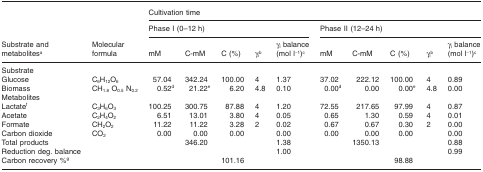
<table><thead><tr><td rowspan="3"><b>Substrate and metabolitesa</b></td><td rowspan="3"><b>Molecular formula</b></td><td colspan="10"><b>Cultivation time</b></td></tr><tr><td colspan="5"><b>Phase I (0–12 h)</b></td><td colspan="5"><b>Phase II (12–24 h)</b></td></tr><tr><td><b>mM</b></td><td><b>C-mM</b></td><td><b>C (%)</b></td><td><b>γ<sub>i</sub>b</b></td><td><b>γ<sub>i</sub> balance (mol l<sup>−1</sup>)c</b></td><td><b>mM</b></td><td><b>C-mM</b></td><td><b>C (%)</b></td><td><b>γ<sub>i</sub>b</b></td><td><b>γ<sub>i</sub> balance (mol l<sup>−1</sup>)c</b></td></tr></thead><tbody><tr><td>Substrate</td><td></td><td></td><td></td><td></td><td></td><td></td><td></td><td></td><td></td><td></td><td></td></tr><tr><td>Glucose</td><td>C<sub>6</sub>H<sub>12</sub>O<sub>6</sub></td><td>57.04</td><td>342.24</td><td>100.00</td><td>4</td><td>1.37</td><td>37.02</td><td>222.12</td><td>100.00</td><td>4</td><td>0.89</td></tr><tr><td>Biomass</td><td>CH<sub>1.8</sub> O<sub>0.5</sub> N<sub>0.2</sub></td><td>0.52d</td><td>21.22e</td><td>6.20</td><td>4.8</td><td>0.10</td><td>0.00d</td><td>0.00</td><td>0.00e</td><td>4.8</td><td>0.00</td></tr><tr><td>Metabolites</td><td></td><td></td><td></td><td></td><td></td><td></td><td></td><td></td><td></td><td></td><td></td></tr><tr><td>Lactatef</td><td>C<sub>3</sub>H<sub>6</sub>O<sub>3</sub></td><td>100.25</td><td>300.75</td><td>87.88</td><td>4</td><td>1.20</td><td>72.55</td><td>217.65</td><td>97.99</td><td>4</td><td>0.87</td></tr><tr><td>Acetate</td><td>C<sub>2</sub>H<sub>4</sub>O<sub>2</sub></td><td>6.51</td><td>13.01</td><td>3.80</td><td>4</td><td>0.05</td><td>0.65</td><td>1.30</td><td>0.59</td><td>4</td><td>0.01</td></tr><tr><td>Formate</td><td>CH<sub>2</sub>O<sub>2</sub></td><td>11.22</td><td>11.22</td><td>3.28</td><td>2</td><td>0.02</td><td>0.67</td><td>0.67</td><td>0.30</td><td>2</td><td>0.00</td></tr><tr><td>Carbon dioxide</td><td>CO<sub>2</sub></td><td>0.00</td><td>0.00</td><td>0.00</td><td></td><td>0.00</td><td>0.00</td><td>0.00</td><td>0.00</td><td></td><td>0.00</td></tr><tr><td>Total products</td><td></td><td></td><td>346.20</td><td></td><td></td><td>1.38</td><td></td><td>1350.13</td><td></td><td></td><td>0.88</td></tr><tr><td>Reduction deg. balance</td><td></td><td></td><td></td><td></td><td></td><td>1.00</td><td></td><td></td><td></td><td></td><td>0.99</td></tr><tr><td>Carbon recovery %g</td><td></td><td></td><td></td><td>101.16</td><td></td><td></td><td></td><td></td><td>98.88</td><td></td><td></td></tr></tbody></table>